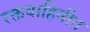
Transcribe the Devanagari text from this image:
रक्तवाहिनीत